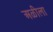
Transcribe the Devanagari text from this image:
अळीला